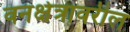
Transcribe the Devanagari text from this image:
वनक्षेत्रावरील